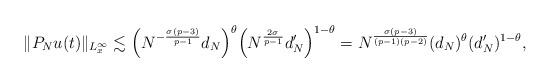
LaTeX: \begin{align*}\|P_Nu(t)\|_{L_x^\infty}\lesssim\Big(N^{-\frac{\sigma(p-3)}{p-1}}d_N\Big)^\theta\Big(N^{\frac{2\sigma}{p-1}}d_N'\Big)^{1-\theta}=N^{\frac{\sigma(p-3)}{(p-1)(p-2)}}(d_N)^\theta (d_N')^{1-\theta},\end{align*}